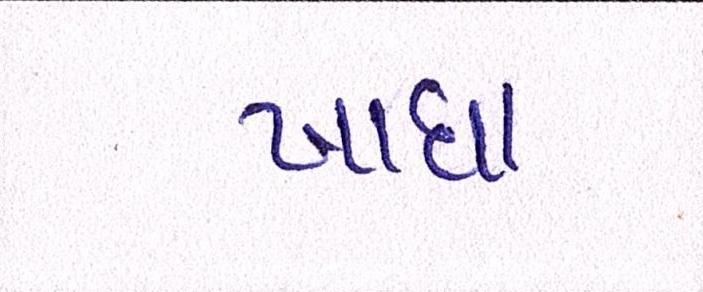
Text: ખાધા